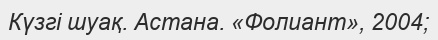
Күзгі шуақ. Астана. «Фолиант», 2004;